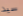
سيد